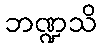
ဘဏ္ဍသိ